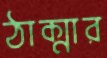
ঠাক্মার